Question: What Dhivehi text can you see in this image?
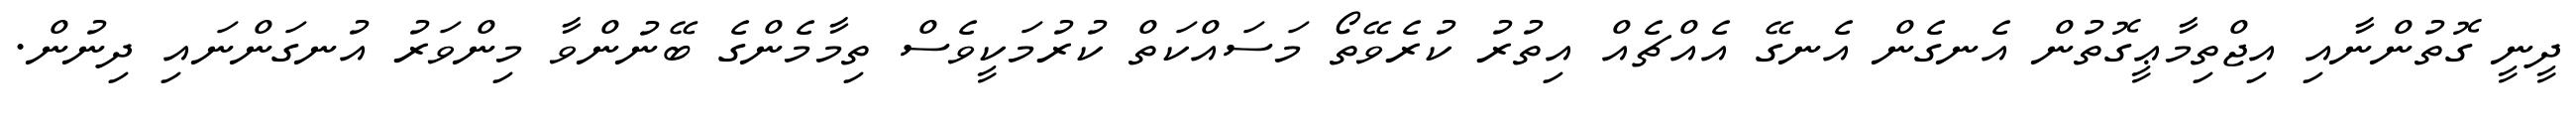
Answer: ދީނީ ގޮތުންނާއި އިޖްތިމާޢީގޮތުން އެނގެން އެނގޭ އެއްޗެއް އިތުރު ކުރެވޭތޯ މަސައްކަތް ކުރުމަކީވެސް ތިމާމެންގެ ބޭނުންވާ މިންވަރު އުނގަންނައި ދިނުން.